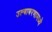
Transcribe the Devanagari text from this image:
उल्बावरणामध्ये